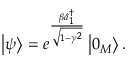
\left\vert \psi \right\rangle = e ^ { \frac { \beta \hat { a } _ { 1 } ^ { \dagger } } { \sqrt { 1 - \gamma ^ { 2 } } } } \left\vert 0 _ { M } \right\rangle .